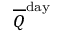
{ \overline { { Q } } } ^ { \mathrm { d a y } }